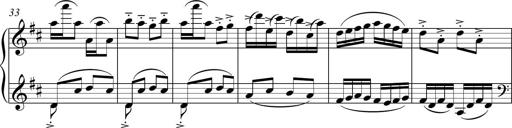
Title: Sonatina del HuÃ©car
Composer: JosÃ© Miguel Moreno Sabio